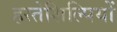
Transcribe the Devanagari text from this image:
हस्तेशिल्पियों